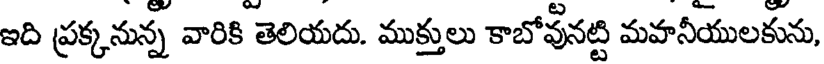
ఇది ప్రక్కనున్న వారికి తెలియదు. ముక్తులు కాబోవునట్టి మహనీయులకును,